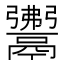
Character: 𩱎